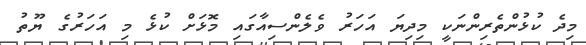
މިދެ ކުޅުންތެރިންނަކީ މިދިޔަ އަހަރު ވެލެންސިއާގައި މޮޅަށް ކުޅެ މި އަހަރުގެ ޔޫތު